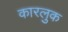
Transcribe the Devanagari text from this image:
कारलुक